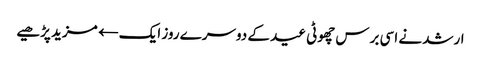
ارشد نے اسی برس چھوٹی عید کے دوسرے روز ایک← مزید پڑھیے